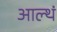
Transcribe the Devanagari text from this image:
आल्थं